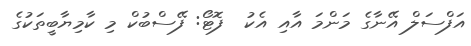
އަފްސަލް އޭނާގެ މަންމަ އާއި އެކު  ފޮޓޯ: ފޭސްބުކް މި ކާމިޔާބީތަކުގެ